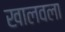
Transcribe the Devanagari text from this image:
खालवला